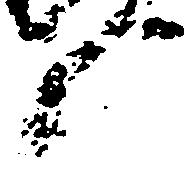
候